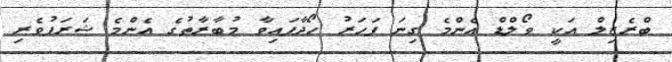
ބްރެޒިލް އަކީ ވޯލްޑް އެންމެ ގިނަ ފަހަރު ހޯދާފައިވާ މުބާރާތުގެ އެންމެ ޝަރަފުވެރި